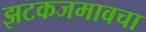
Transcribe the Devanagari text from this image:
झटकजमावचा